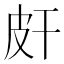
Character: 皯